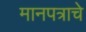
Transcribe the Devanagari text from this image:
मानपत्राचे